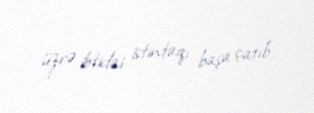
üzrə ibtidai istintaqı başa çatıb.